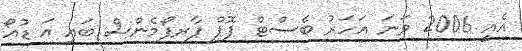
އެއީ 2006 ވަނަ އަހަރު ބެސްޓް ޕޮޕް ޕާރފޯމެންސް ބައި އަ ޑުއޯ